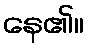
နေ၏။